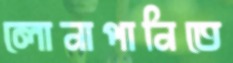
লোনাপানিতে